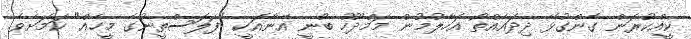
ކީއްކުރަން ގެންގުޅޭ ދިދައެއްތޯ އަހާލުމުން މަމްދޫހު ބުނީ އޭނާއަކީ "ފަލަސްތީނުގެ މީހެއް" ކަމަށެވެ.